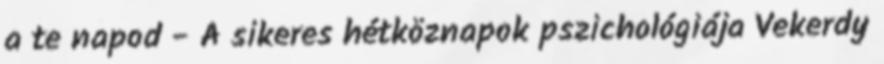
a te napod - A sikeres hétköznapok pszichológiája Vekerdy